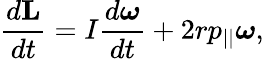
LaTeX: {\frac{d\mathbf{L}}{dt}}=I{\frac{d{\boldsymbol{\omega}}}{dt}}+2rp_{||}{\boldsymbol{\omega}},